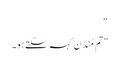
“
”تم مُنڈن کہہ سکتے ہو۔